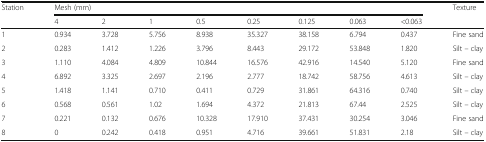
| <ROWSPAN=2> Station | <COLSPAN=8> Mesh (mm) | <ROWSPAN=2> Texture |
 | 4 | 2 | 1 | 0.5 | 0.25 | 0.125 | 0.063 | <0.063 |
 | --- | --- | --- | --- | --- | --- | --- | --- | --- | --- |
 | 1 | 0.934 | 3.728 | 5.756 | 8.938 | 35.327 | 38.158 | 6.794 | 0.437 | Fine sand |
 | 2 | 0.283 | 1.412 | 1.226 | 3.796 | 8.443 | 29.172 | 53.848 | 1.820 | Silt – clay |
 | 3 | 1.110 | 4.084 | 4.809 | 10.844 | 16.576 | 42.916 | 14.540 | 5.120 | Fine sand |
 | 4 | 6.892 | 3.325 | 2.697 | 2.196 | 2.777 | 18.742 | 58.756 | 4.613 | Silt – clay |
 | 5 | 1.418 | 1.141 | 0.710 | 0.411 | 0.729 | 31.861 | 64.316 | 0.740 | Silt – clay |
 | 6 | 0.568 | 0.561 | 1.02 | 1.694 | 4.372 | 21.813 | 67.44 | 2.525 | Silt – clay |
 | 7 | 0.221 | 0.132 | 0.676 | 10.328 | 17.910 | 37.431 | 30.254 | 3.046 | Fine sand |
 | 8 | 0 | 0.242 | 0.418 | 0.951 | 4.716 | 39.661 | 51.831 | 2.18 | Silt – clay |